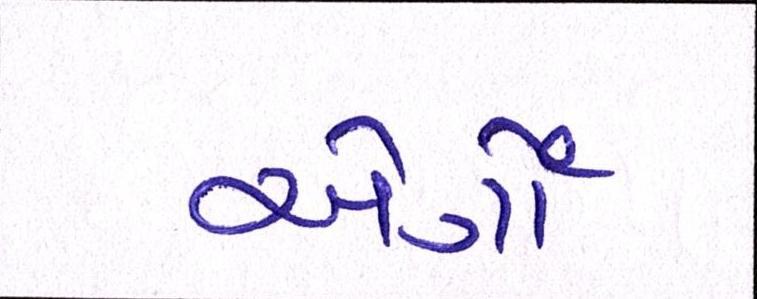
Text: એર્ગો